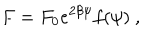
LaTeX: F = F _ { 0 } e ^ { 2 \beta \psi } f ( \psi ) \ ,